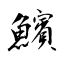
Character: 𩼧